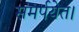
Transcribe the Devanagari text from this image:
समर्पयेत।